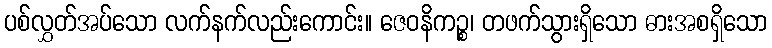
ပစ်လွှတ်အပ်သော လက်နက်လည်းကောင်း။ ဇေဝနိကဉ္စ၊ တဖက်သွားရှိသော ဓားအစရှိသော